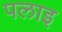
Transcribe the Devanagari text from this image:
पलाइ